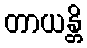
တာယန္တိ